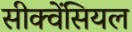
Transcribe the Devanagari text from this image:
सीक्वेंसियल